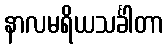
နာလမရိယသင်္ခါတာ